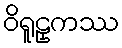
ဝိရူဠှကဿ